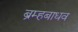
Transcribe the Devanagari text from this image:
ब्रम्हबाधव